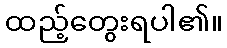
ထည့်တွေးရပါ၏။